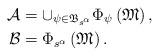
LaTeX: \begin{align*}\mathcal{A} & =\cup_{\psi\in\mathfrak{B}_{s^{\alpha}}}\Phi_{\psi}\left(\mathfrak{M}\right),\\\mathcal{B} & =\Phi_{s^{\alpha}}\left(\mathfrak{M}\right).\end{align*}